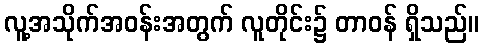
လူ့အသိုက်အဝန်းအတွက် လူတိုင်း၌ တာဝန် ရှိသည်။